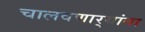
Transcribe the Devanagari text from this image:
चालवणार्‍यांना